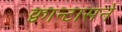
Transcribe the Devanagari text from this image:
क्वान्टासने